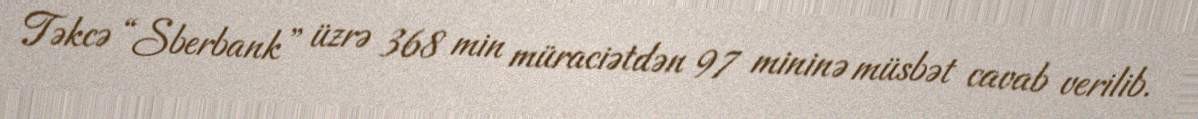
Təkcə “Sberbank” üzrə 368 min müraciətdən 97 mininə müsbət cavab verilib.